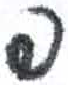
אות: פ